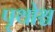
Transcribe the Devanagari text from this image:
पृथोश्च